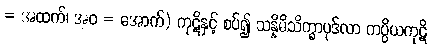
= အထက်၊ အဝ = အောက်) ကုဋိနှင့် စပ်၍ သန္နိဓိသိက္ခာပုဒ်လာ ကပ္ပိယကုဋိ